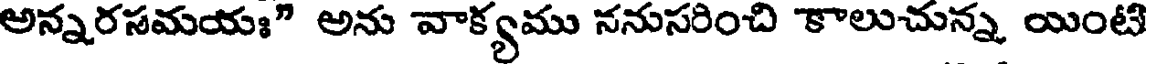
అన్నరసమయః" అను వాక్యము ననుసరించి కాలుచున్న, యింటి